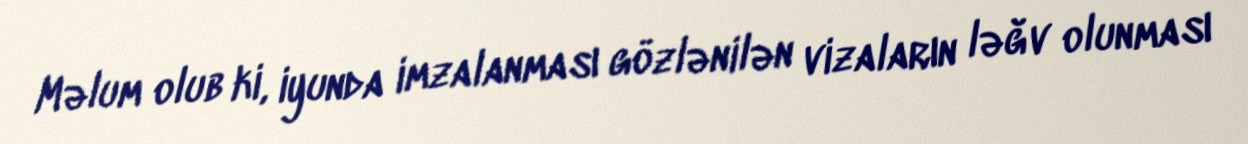
Məlum olub ki, iyunda imzalanması gözlənilən vizaların ləğv olunması